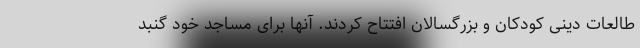
طالعات دینی کودکان و بزرگسالان افتتاح کردند. آنها برای مساجد خود گنبد